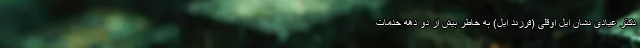
دکتر غیادی نشان ایل اوقلی (فرزند ایل) به خاطر بیش از دو دهه خدمات